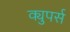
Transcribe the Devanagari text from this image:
क्युपर्स